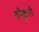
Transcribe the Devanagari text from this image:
बाँकुरो